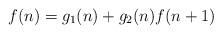
LaTeX: \begin{align*}f(n) = g_{1}(n) + g_{2}(n) f(n+1) \end{align*}